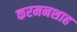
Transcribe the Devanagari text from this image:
करमनशाह